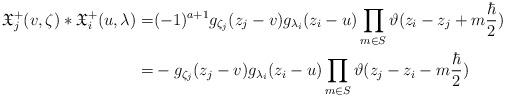
LaTeX: \begin{align*}\mathfrak{X}_j^+(v, \zeta) * \mathfrak{X}_i^+(u, \lambda)=&(-1)^{a+1} g_{\zeta_j}(z_j-v) g_{\lambda_i}(z_i-u) \prod_{m\in S} \vartheta(z_{i}-z_j+m\frac{\hbar}{2})\\ =&- g_{\zeta_j}(z_j-v) g_{\lambda_i}(z_i-u) \prod_{m\in S} \vartheta(z_j-z_i-m\frac{\hbar}{2})\end{align*}